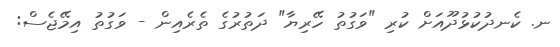
ނ. ކެނދުކުޅުދޫއަށް ކުރި "ވަގުތު ހޭރިޔާ" ދަތުރުގެ ތެރެއިން - ވަގުތު އިމޭޖެސް: